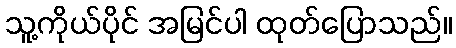
သူ့ကိုယ်ပိုင် အမြင်ပါ ထုတ်ပြောသည်။